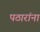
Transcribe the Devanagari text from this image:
पठारांना